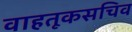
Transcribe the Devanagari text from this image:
वाहतूकसचिव